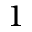
1